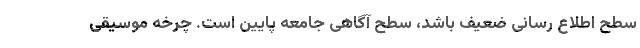
سطح اطلاع رسانی ضعیف باشد، سطح آگاهی جامعه پایین است. چرخه موسیقی